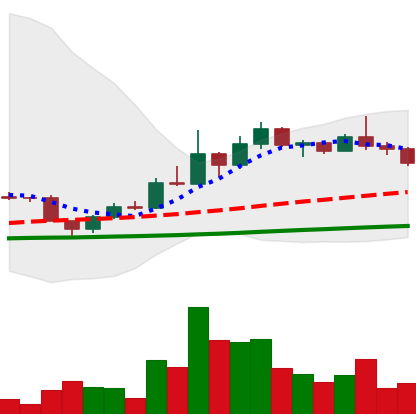
Ticker: DOGE-USD
Chart end date: 2022-12-07
Forward return: -5.768%
Label: down_5_7